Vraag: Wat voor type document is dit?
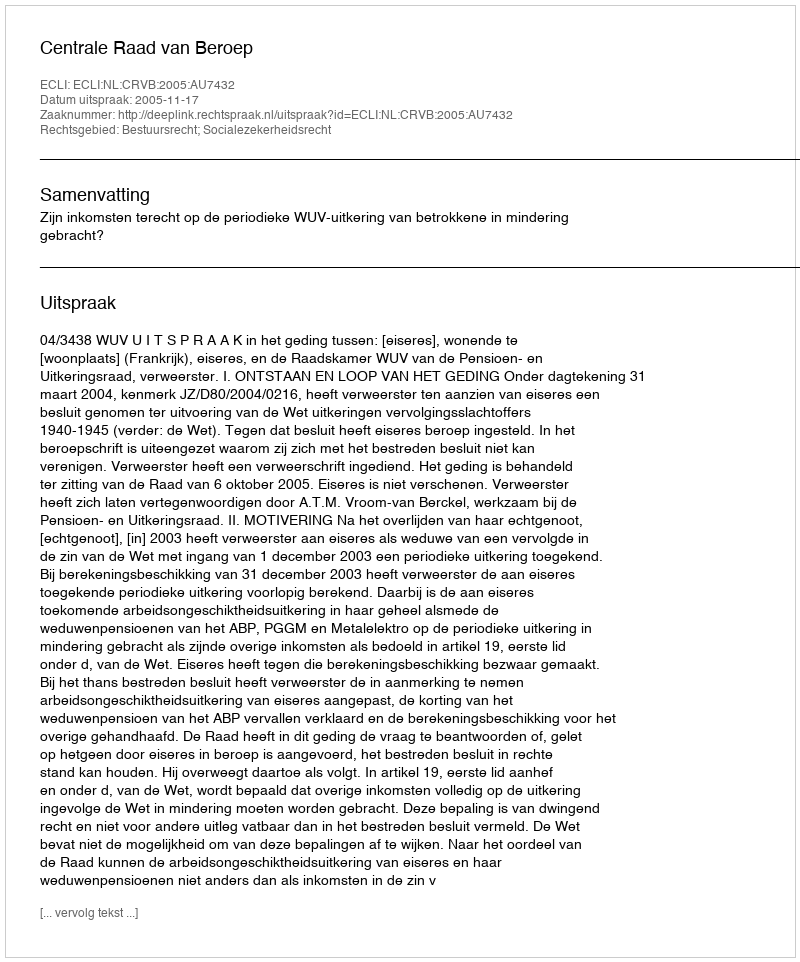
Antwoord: Uitspraak